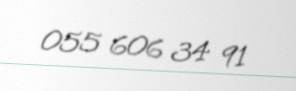
055 606 34 91